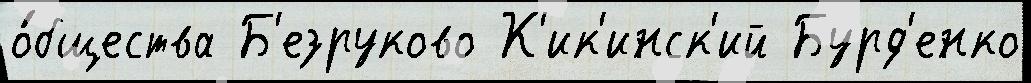
о́бщества Б'езруково К'ик'инск'ий Бурд'енко